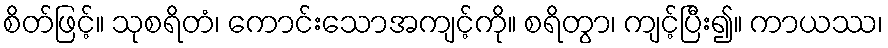
စိတ်ဖြင့်။ သုစရိတံ၊ ကောင်းသောအကျင့်ကို။ စရိတွာ၊ ကျင့်ပြီး၍။ ကာယဿ၊